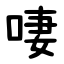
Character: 啛